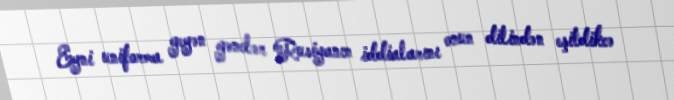
Eyni uniforma geyən gənclər Rusiyanın iddialarını onun dilindən eşitdikcə